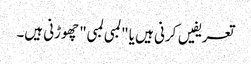
تعریفیں کرنی ہیں یا "لمبی لمبی" چھوڑنی ہیں۔